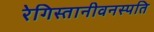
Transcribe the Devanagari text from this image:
रेगिस्तानीवनस्‍पति